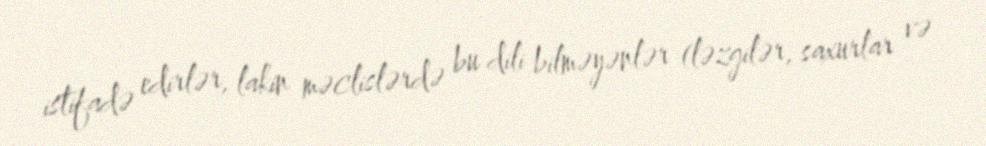
istifadə edirlər, lakin məclislərdə bu dili bilməyənlər (ləzgilər, saxurlar və